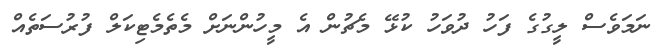
ނަމަވެސް ލީގުގެ ފަހު ދުވަހު ކުޅޭ މެޗުން އެ މީހުންނަށް މެތެމެޓިކަލް ފުރުސަތެއް